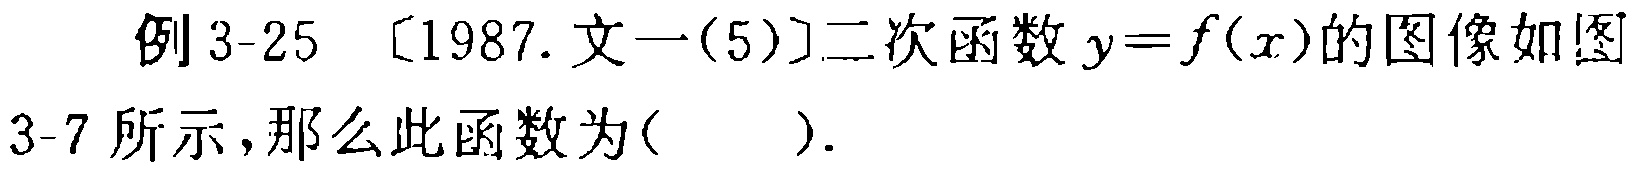
例3-25 [1987.文一(5)]二次函数$y = f(x)$的图像如图
3-7 所示，那么此函数为( ).